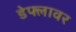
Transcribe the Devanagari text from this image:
डेफ्लावर